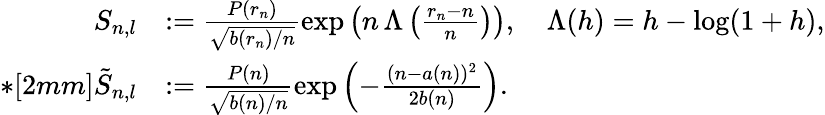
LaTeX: \begin{array}{rl}{S_{n,l}}&{:=\frac{P(r_{n})}{\sqrt{b(r_{n})/n}}\exp\left(n\, \Lambda\left(\frac{r_{n}-n}n\right)\right),\quad\Lambda(h)=h-\log(1+h),}\\ {*[2mm]\tilde{S}_{n,l}}&{:=\frac{P(n)}{\sqrt{b(n)/n}}\exp\left(-\frac{(n-a(n))^{2}}{2b(n)}\right).}\end{array}